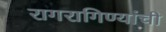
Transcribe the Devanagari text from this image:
रागरागिण्यांची